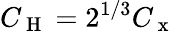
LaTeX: C_{\mathrm{~H~}}=2^{1/3}C_{\mathrm{~x~}}